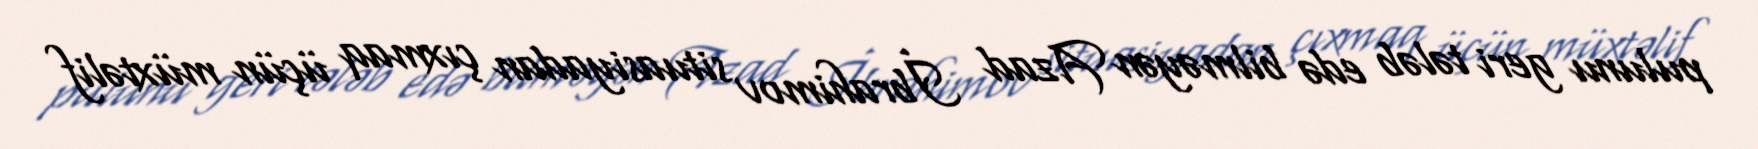
pulunu geri tələb edə bilməyən Azad İbrahimov situasiyadan çıxmaq üçün müxtəlif